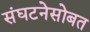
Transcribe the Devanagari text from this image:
संघटनेसोबत